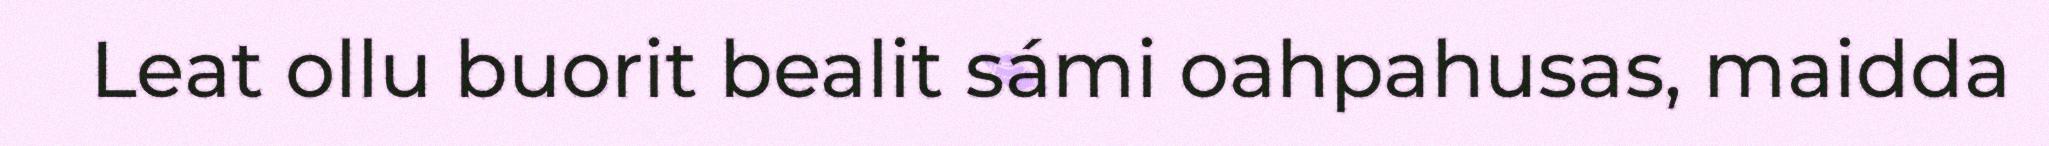
Leat ollu buorit bealit sámi oahpahusas, maidda